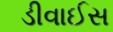
ડીવાઈસ